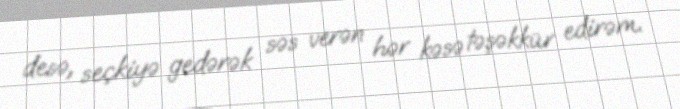
desə, seçkiyə gedərək səs verən hər kəsə təşəkkür edirəm.